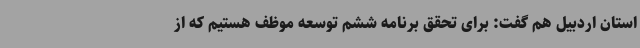
استان اردبیل هم گفت: برای تحقق برنامه ششم توسعه موظف هستیم که از